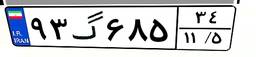
۷۲گ۸۹۳۲۰